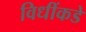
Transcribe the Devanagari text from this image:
विधींकडे